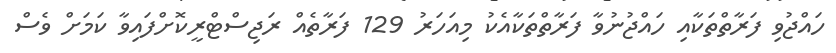
ހައްޖުވި ފަރާތްތަކާއި ހައްޖުނުވާ ފަރާތްތަކާއެކު މިއަހަރު 129 ފަރާތެއް ރަޖިސްޓްރީކޮށްފައިވާ ކަަމަށް ވެސް